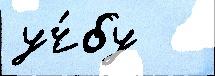
уч́бу